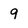
Character: 9